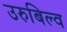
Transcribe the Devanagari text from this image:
उरुबिल्व